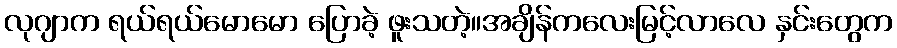
လုဂျာက ရယ်ရယ်မောမော ပြောခဲ့ ဖူးသတဲ့။အချိန်ကလေးမြင့်လာလေ နှင်းတွေက